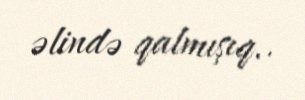
əlində qalmışıq..